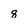
Character: 8